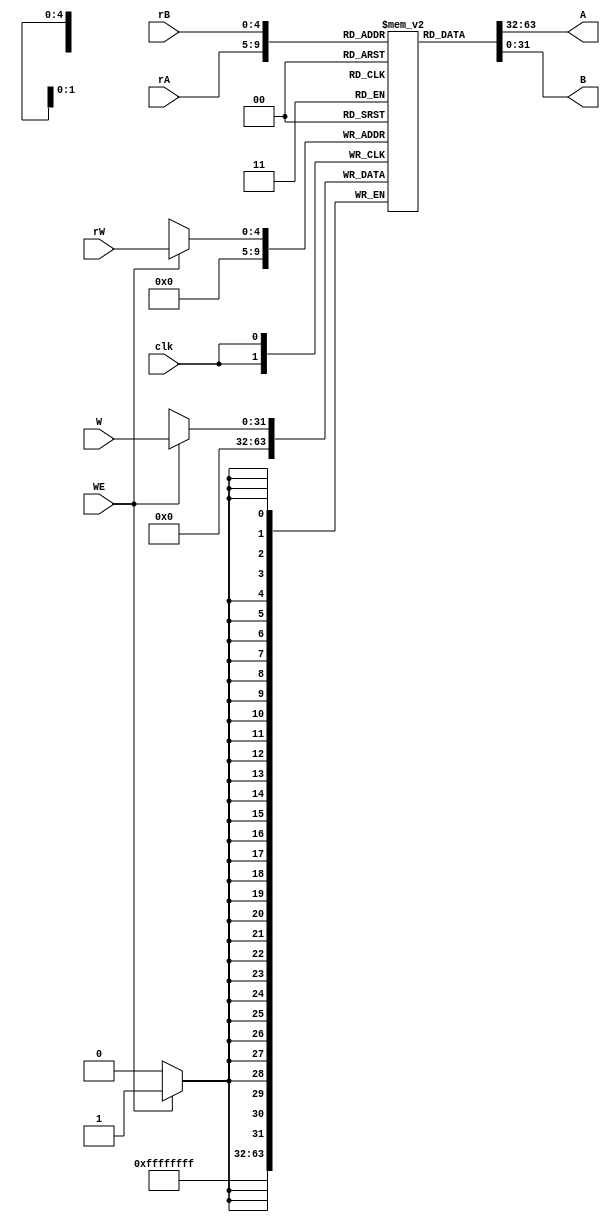
`timescale 1ns / 1ps
//////////////////////////////////////////////////////////////////////////////////
// Company: 
// Engineer: 
// 
// Design Name: 
// Module Name: register_file
// Project Name: 
// Target Devices: 
// Tool Versions: 
// Description: 
// 
// Dependencies: 
// 
// Revision:
// Revision 0.01 - File Created
// Additional Comments:
// 
//////////////////////////////////////////////////////////////////////////////////


module register_file(rA,rB,rW,W,WE,clk,A,B);
input [4:0]rA; //A
input [4:0]rB; //B
input [4:0]rW; //
input [31:0]W; //
input WE,clk;  //
output [31:0]A; //A
output [31:0]B; //B
reg [31:0]data[31:0]; //3232
integer i; //

initial
	begin
		for(i=0;i<32;i=i+1)
			data[i]=32'b0; //320
	end
	
assign A = data[rA]; //A
assign B = data[rB]; //B

always @(negedge clk) begin
	if(WE==1)
		data[rW]=W; //1
	data[0]=32'b0; //0
end
endmodule